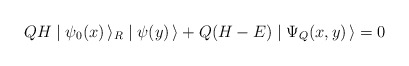
\begin{align*}Q H \mid \psi_0(x)\, \rangle_R \mid \psi(y)\, \rangle + Q (H-E) \mid \Psi_Q(x,y)\, \rangle = 0 \end{align*}